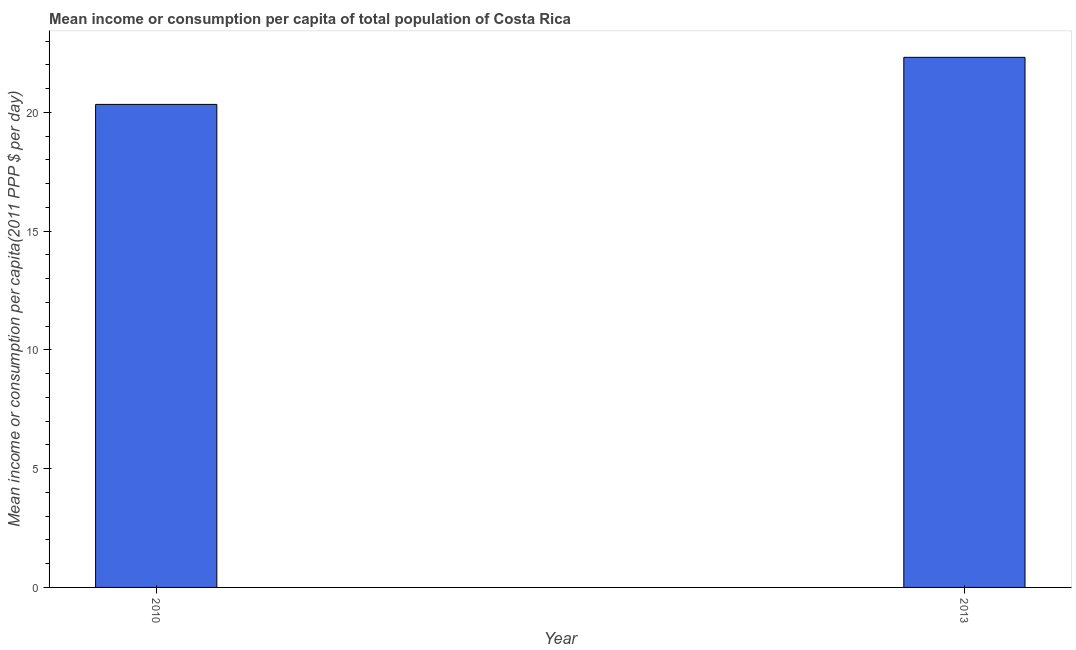
| Year | Total population |
 | --- | --- |
 | 2010 | 20.3 |
 | 2013 | 22.3 |